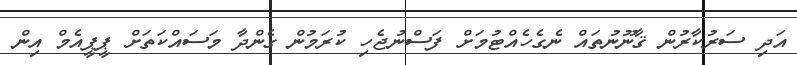
އަދި ސަރުކާރުން ޤާނޫނުތައް ނެގެހެއްޓުމަށް ފަސްނުޖެހި ކުރަމުން ގެންދާ މަސައްކަތަށް ޕީޕީއެމް އިން